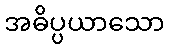
အဓိပ္ပယာသော